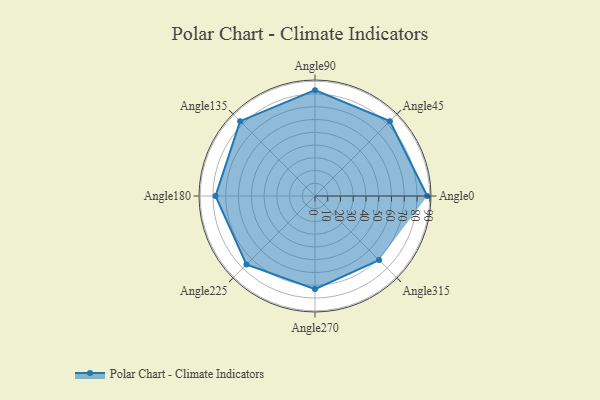
{"axis": {"x": "Angle", "y": "Radius"}, "legend": [""], "data": [{"x": "Angle0", "y": 88.0, "type": ""}, {"x": "Angle45", "y": 83.0, "type": ""}, {"x": "Angle90", "y": 83.0, "type": ""}, {"x": "Angle135", "y": 83.0, "type": ""}, {"x": "Angle180", "y": 78.0, "type": ""}, {"x": "Angle225", "y": 76.0, "type": ""}, {"x": "Angle270", "y": 73.0, "type": ""}, {"x": "Angle315", "y": 71.0, "type": ""}]}